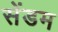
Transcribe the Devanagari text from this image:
सेंडम